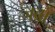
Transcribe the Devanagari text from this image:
जबाँ